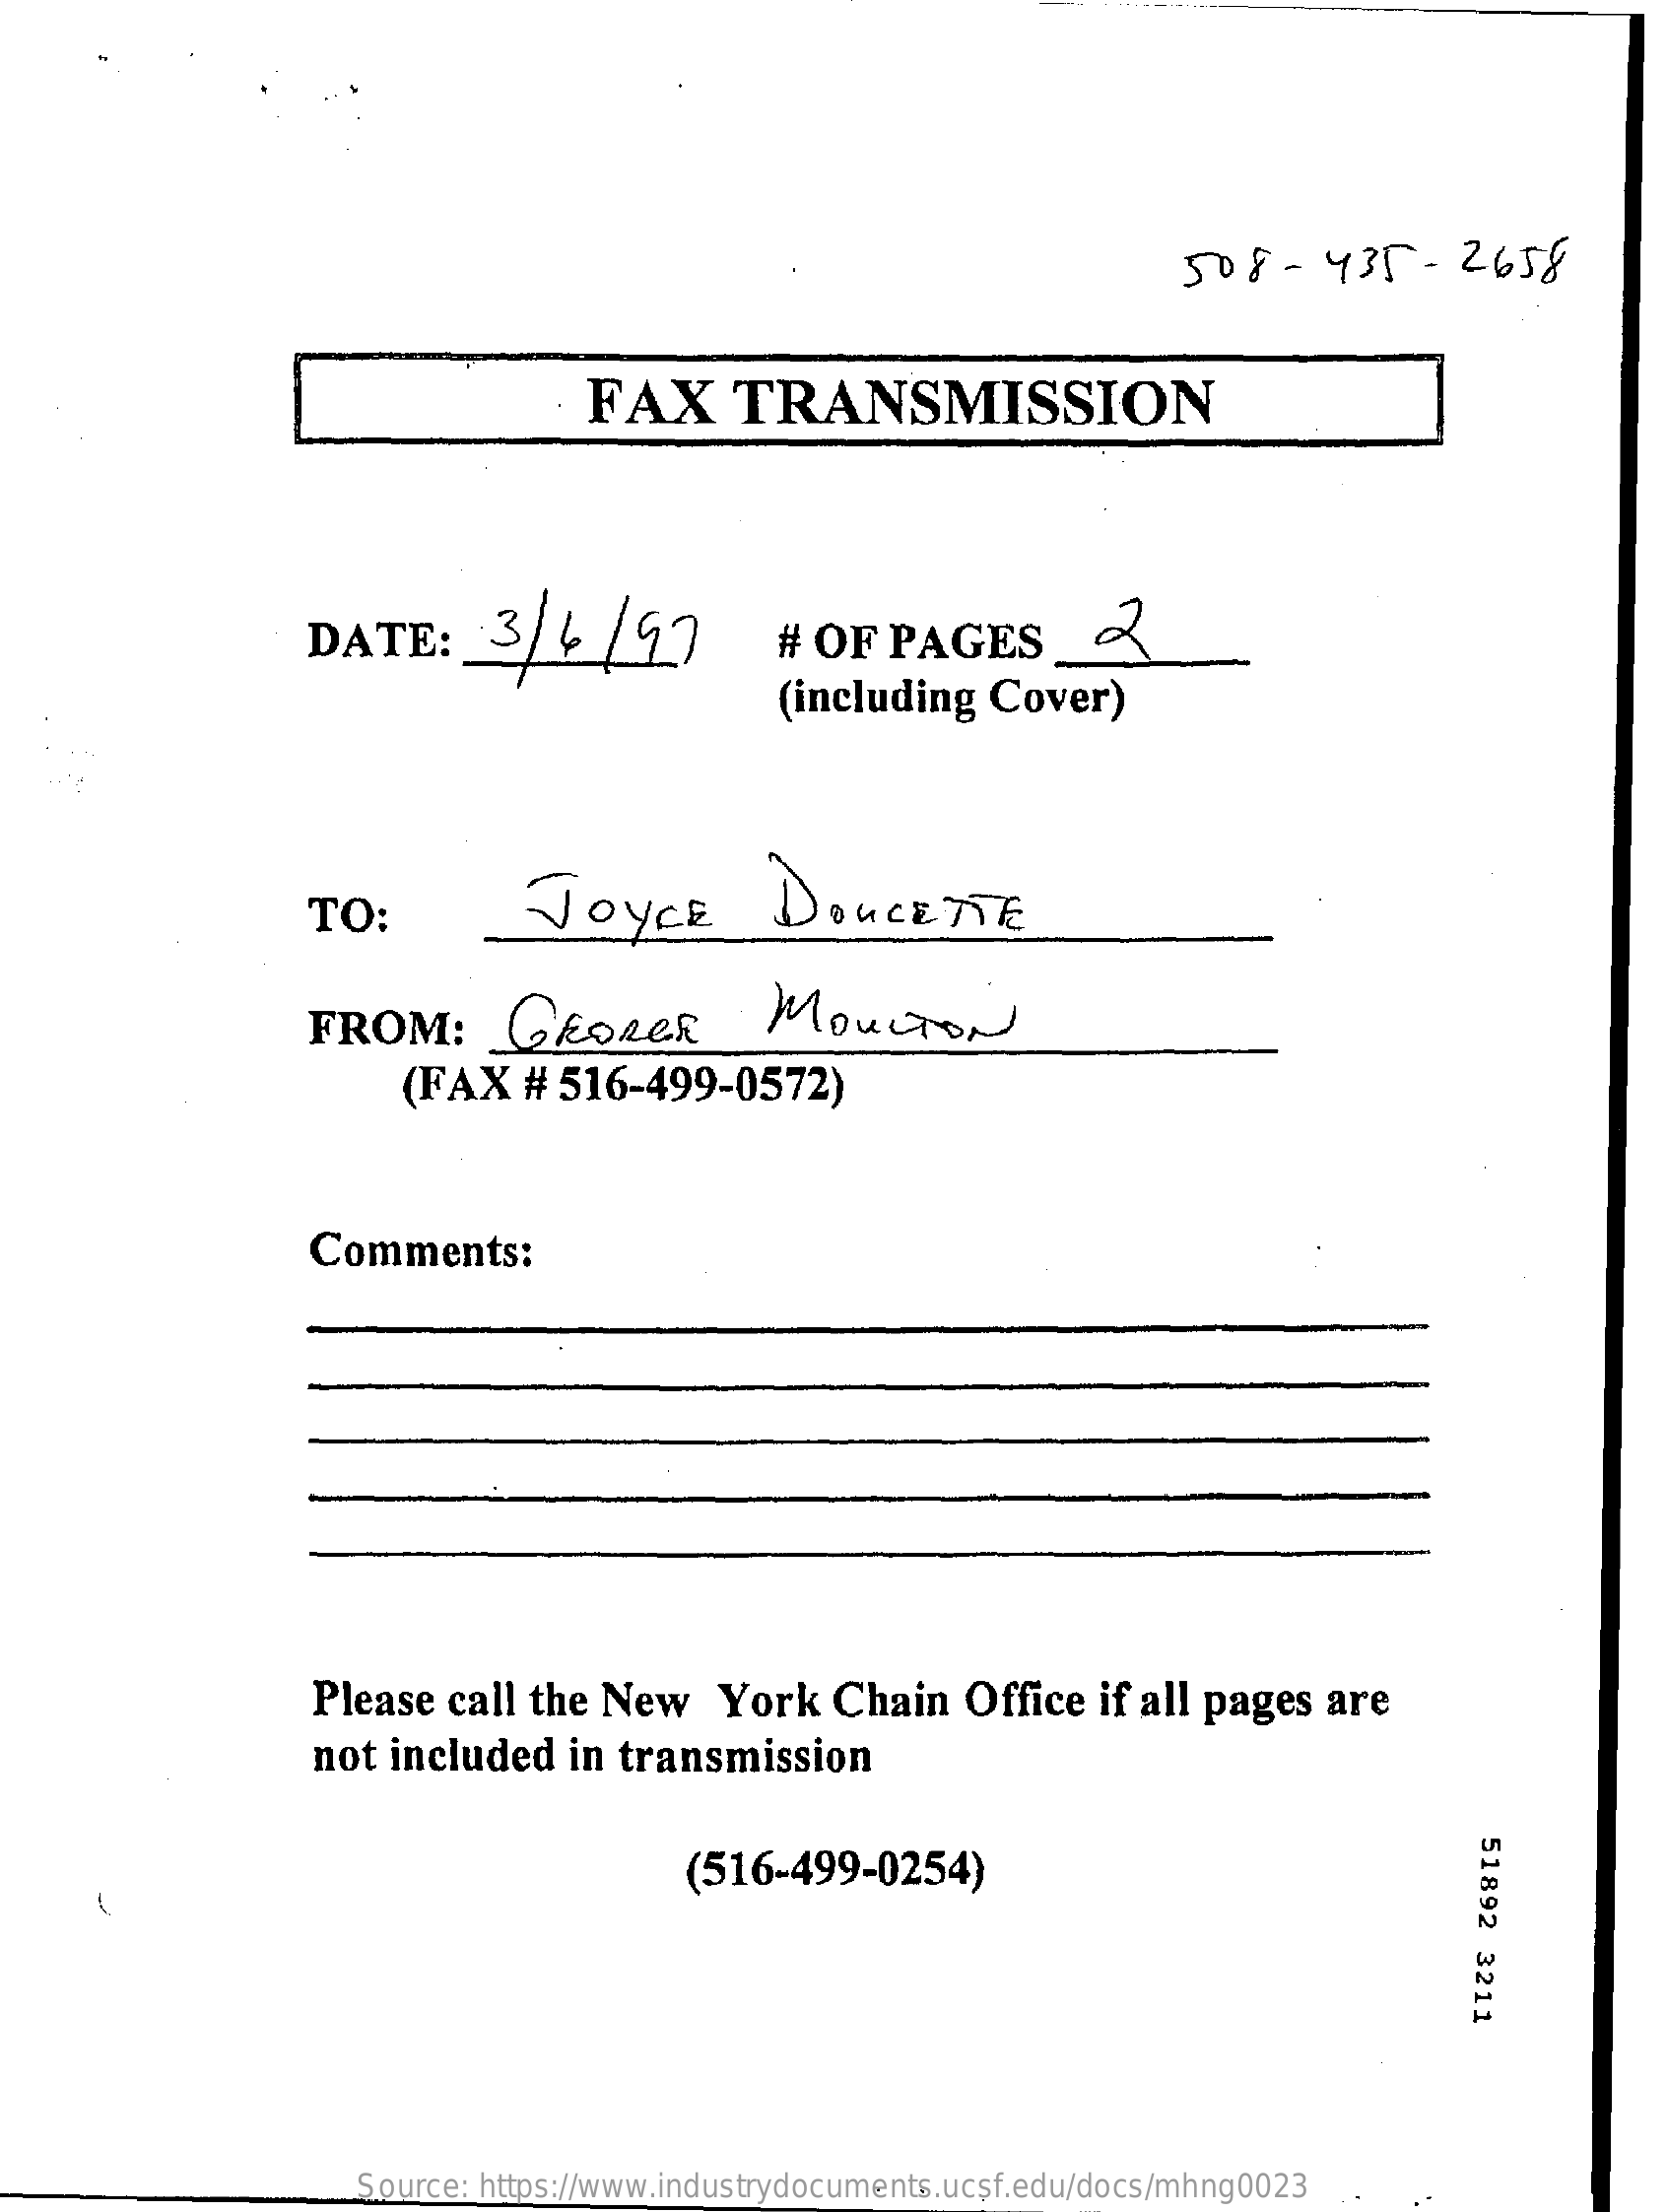
508-    435-    2658
     FAX    TRANSMISSION
     DATE:    3/4    /97    #  OF  PAGES
     (including   Cover)
     TO:    JOYCE    DOUCETTE
     FROM:    GEORGE    MOULTON
     (FAX   #  516-499-0572)
     Comments:
     Please  call the New    York   Chain   Office  if all pages  are
     not included   in transmission
     51892
     3211
     (516-499-0254)
     Source: https://www.industrydocuments.ucsf.edu/docs/mhng0023